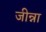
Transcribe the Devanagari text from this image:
जीन्ना